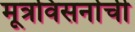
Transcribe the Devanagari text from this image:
मूत्रविसर्नाची